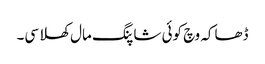
ڈھاکہ وچ کوئی شاپنگ مال کھلا سی۔